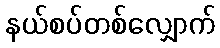
နယ်စပ်တစ်လျှောက်